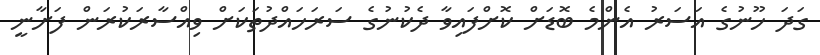
ގަދަ ހޫނުގެ އަސަރު އެންމެ ބޮޑަށް ކޮށްފައިވާ ދެކުނުގެ ސަރަހައްދުތަކަަށް ވިއްސާރަކުރަން ފަށާނީ